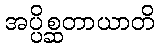
အပ္ပိစ္ဆတာယာတိ